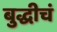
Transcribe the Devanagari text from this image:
बुद्धीचं